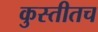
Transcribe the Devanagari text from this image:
कुस्तीतच